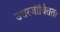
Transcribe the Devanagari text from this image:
उत्तरजीवितता